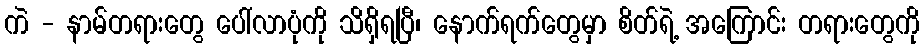
ကဲ - နာမ်တရားတွေ ပေါ်လာပုံကို သိရှိရပြီ၊ နောက်ရက်တွေမှာ စိတ်ရဲ့ အကြောင်း တရားတွေကို